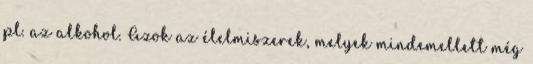
pl. az alkohol. Azok az élelmiszerek, melyek mindemellett még